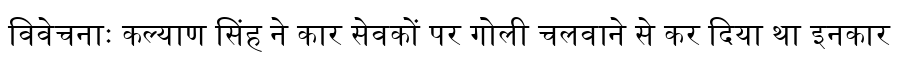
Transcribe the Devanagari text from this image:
विवेचनाः कल्याण सिंह ने कार सेवकों पर गोली चलवाने से कर दिया था इनकार